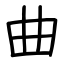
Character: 曲